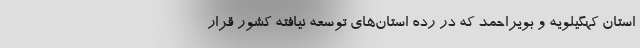
استان کهگیلویه و بویراحمد که در رده استان‌های توسعه نیافته کشور قرار